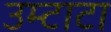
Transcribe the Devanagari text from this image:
उम्टाटा